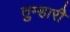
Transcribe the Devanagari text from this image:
तुम्हारीे